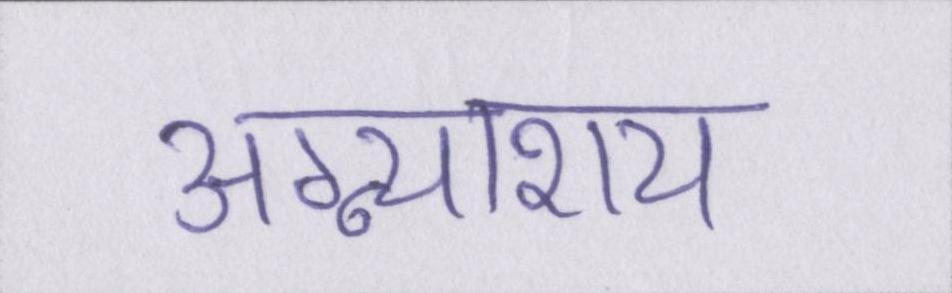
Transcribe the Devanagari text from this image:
अग्न्याशय